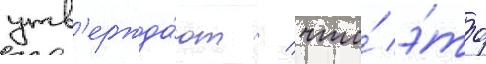
утв'ержда́ют / что́ э́то